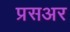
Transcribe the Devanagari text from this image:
प्रसअर